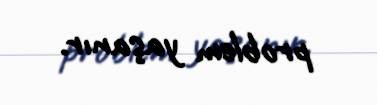
problem yaşanır.